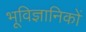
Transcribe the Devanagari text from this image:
भूविज्ञानिकों